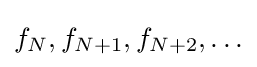
f_{N},f_{N+1},f_{N+2},\ldots